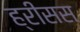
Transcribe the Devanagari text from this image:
ह्रीसस